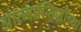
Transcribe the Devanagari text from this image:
आत्मप्रसिद्धीच्या